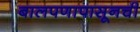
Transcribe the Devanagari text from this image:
बालपणापासूनची